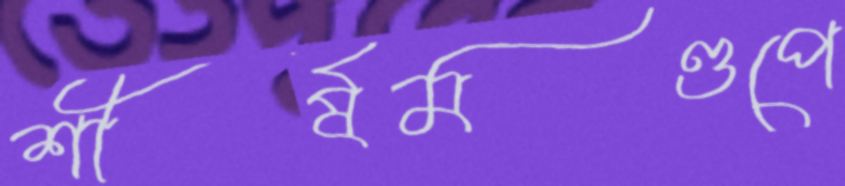
শীর্ষমণ্ডপে